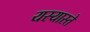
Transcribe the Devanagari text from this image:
यस्यास्ते